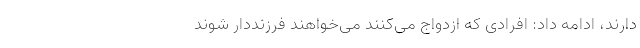
دارند، ادامه داد: افرادی که ازدواج می‌کنند می‌خواهند فرزنددار شوند